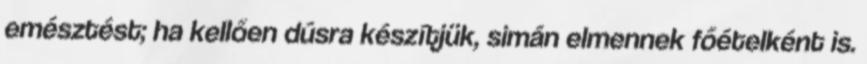
emésztést; ha kellően dúsra készítjük, simán elmennek főételként is.